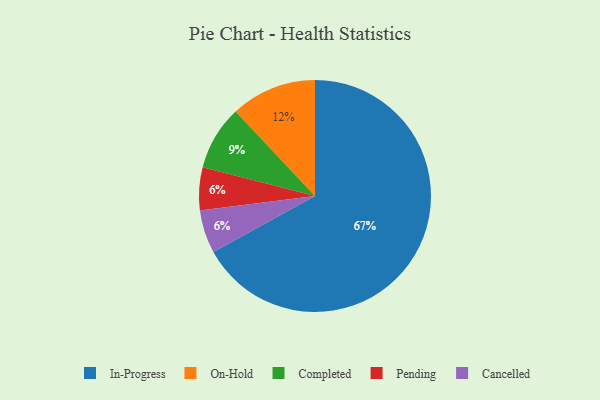
{"axis": {"x": "Category", "y": "Percentage"}, "legend": ["Cancelled", "Completed", "In-Progress", "On-Hold", "Pending"], "data": [{"x": "Completed", "y": 9, "type": "Completed"}, {"x": "Pending", "y": 6, "type": "Pending"}, {"x": "On-Hold", "y": 12, "type": "On-Hold"}, {"x": "In-Progress", "y": 67, "type": "In-Progress"}, {"x": "Cancelled", "y": 6, "type": "Cancelled"}]}